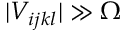
| V _ { i j k l } | \gg \Omega